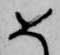
め